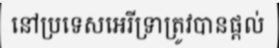
នៅប្រទេសអេរីទ្រាត្រូវបានផ្តល់